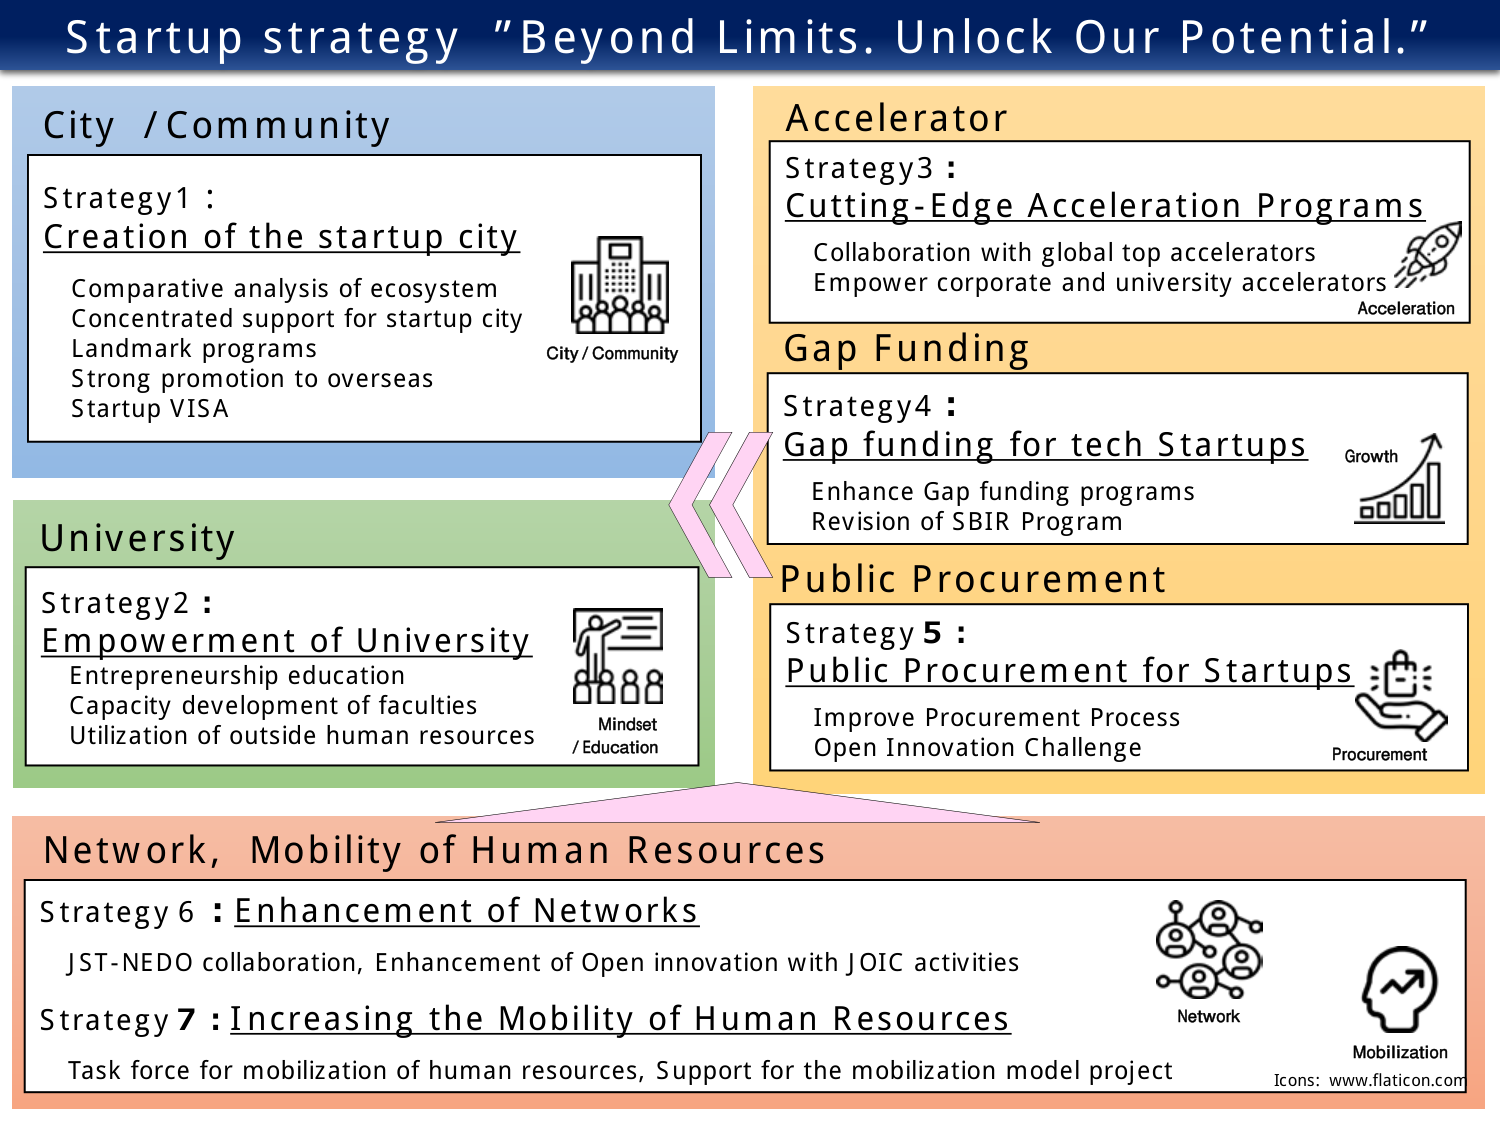
Startup strategy "Beyond Limits. Unlock Our Potential."

City / Community
Strategy1:
Creation of the startup city
Comparative analysis of ecosystem
Concentrated support for startup city
Landmark programs
Strong promotion to overseas
Startup VISA
City / Community

Accelerator
Strategy3:
Cutting-Edge Acceleration Programs
Collaboration with global top accelerators
Empower corporate and university accelerators
Acceleration

Gap Funding
Strategy4:
Gap funding for tech Startups
Enhance Gap funding programs
Revision of SBIR Program
Growth

University
Strategy2:
Empowerment of University
Entrepreneurship education
Capacity development of faculties
Utilization of outside human resources
Mindset / Education

Public Procurement
Strategy5:
Public Procurement for Startups
Improve Procurement Process
Open Innovation Challenge
Procurement

Network, Mobility of Human Resources
Strategy6: Enhancement of Networks
JST-NEDO collaboration, Enhancement of Open innovation with JOIC activities
Strategy7: Increasing the Mobility of Human Resources
Task force for mobilization of human resources, Support for the mobilization model project
Network
Mobilization
Icons: www.flaticon.com